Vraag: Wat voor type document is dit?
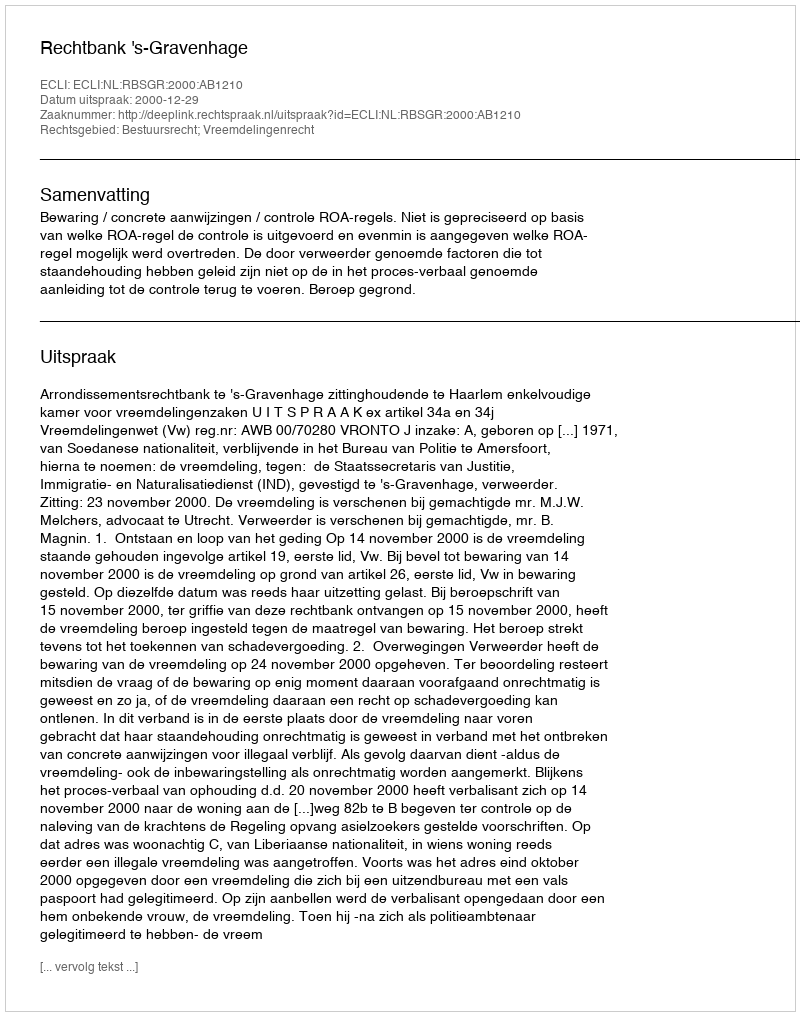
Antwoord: Uitspraak